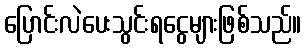
ပြောင်းလဲပေးသွင်းရငွေများဖြစ်သည်။